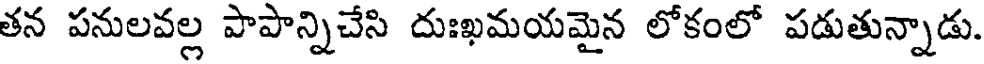
తన పనులవల్ల పాపాన్నిచేసి దుఃఖమయమైన లోకంలో పడుతున్నాడు.